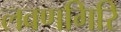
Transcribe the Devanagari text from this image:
लवणगिरि